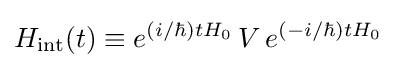
H_{\rm {int}}(t)\equiv e^{{(i/\hbar })tH_{0}}\,V\,e^{{(-i/\hbar })tH_{0}}